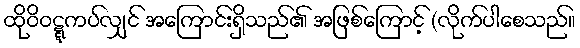
ထိုဝိဝဋ္ဋကပ်လျှင် အကြောင်းရှိသည်၏ အဖြစ်ကြောင့် (လိုက်ပါစေသည်။